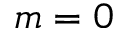
m = 0